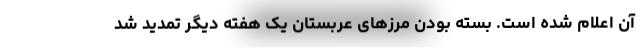
آن اعلام شده است. بسته بودن مرزهای عربستان یک هفته دیگر تمدید شد